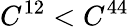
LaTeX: C^{12}<C^{44}